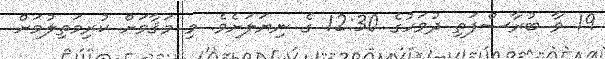
19 ވާ ބުރާސްފަތި ދުވަހުގެ 12:30 ގެ ނިޔަލަށެވެ. މި މަޤާމަށް ކުރިމަތިލުމަށް